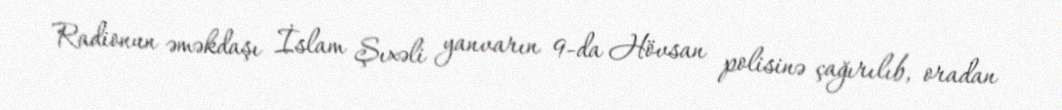
Radionun əməkdaşı İslam Şıxəli yanvarın 9-da Hövsan polisinə çağırılıb, oradan